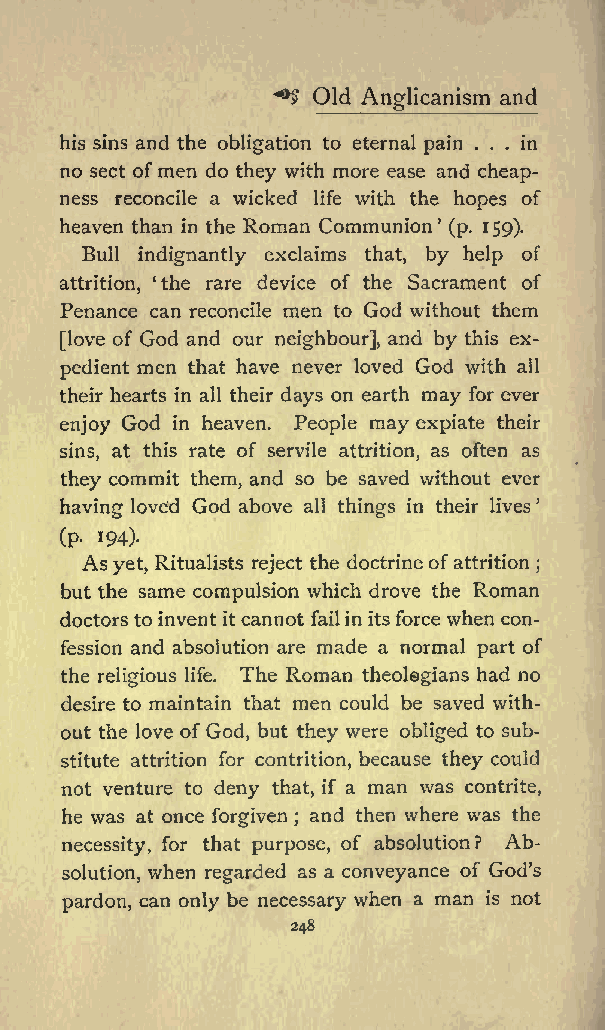
*$ Old         and
 Anglicanism
 his sins and the obligation to eternal pain ... in
 no sect ofmen do they with more ease and cheap
 ness reconcile a wicked life with the hopes of
 heaven than in the Roman Communion (p. 159).
 Bull indignantly exclaims that, by help of
 attrition, the rare device of the Sacrament of
 Penance can reconcile men to God without them
 [love of God and our neighbour], and by this ex
 pedient men that have never loved God with all
 their hearts in all their days on earth may for ever
 enjoy God in heaven. People may expiate their
 sins, at this rate of servile attrition, as often as
 they commit them, and so be saved without ever
 having loved God above all things in their lives
 (p. 194).
 As yet, Ritualists reject the doctrineofattrition ;
 but the same compulsion which drove the Roman
 doctors to invent itcannot failin its force when con
 fession and absolution are made a normal part of
 the religious life. The Roman theolegians had no
 desire to maintain that men could be saved with
 out the love of God, but they were obliged to sub
 stitute attrition for contrition, because they could
 not venture to deny that, if a man was contrite,
 he was at once forgiven ; and then where was the
 Ab
 necessity, for that purpose, of absolution?
 solution, when regarded as a conveyance of God s
 pardon, can only be necessary when a man is not
 248